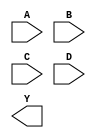
module box(
    (* invertible_pin="INV_A" *)
    input  wire A,
    input  wire B,
    (* invertible_pin="INV_C" *)
    input  wire C,
    input  wire D,

    output wire Y
);

    parameter [0:0] INV_A = 1'b0;
    parameter [0:0] INV_C = 1'b0;

endmodule